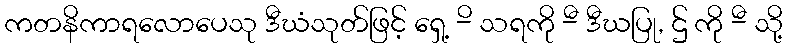
ကတနိကာရလောပေသု ဒီဃံသုတ်ဖြင့် ရှေ့ -ိ သရကို -ီ ဒီဃပြု, ဌ် ကို -ီ သို့